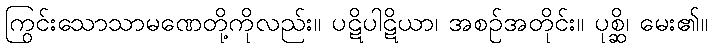
ကြွင်းသောသာမဏေတို့ကိုလည်း။ ပဋိပါဋိယာ၊ အစဉ်အတိုင်း။ ပုစ္ဆိ၊ မေး၏။